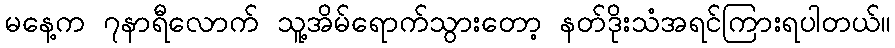
မနေ့က ၇နာရီလောက် သူ့အိမ်ရောက်သွားတော့ နတ်ဒိုးသံအရင်ကြားရပါတယ်။